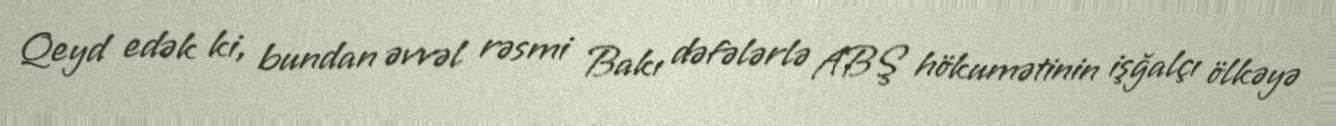
Qeyd edək ki, bundan əvvəl rəsmi Bakı dəfələrlə ABŞ hökumətinin işğalçı ölkəyə